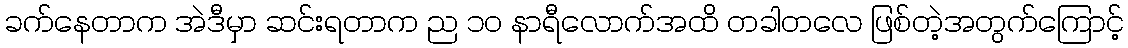
ခက်နေတာက အဲဒီမှာ ဆင်းရတာက ည ၁၀ နာရီလောက်အထိ တခါတလေ ဖြစ်တဲ့အတွက်ကြောင့်